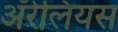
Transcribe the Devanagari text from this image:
ॲरेलियस